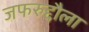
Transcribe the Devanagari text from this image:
जफरुद्दौला